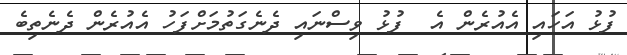
ފުޅު އަހައި އެއުރެން އެ  ފުޅު ވިސްނައި ދެނެގަތުމަށްފަހު އެއުރެން ދެނެތިބެ